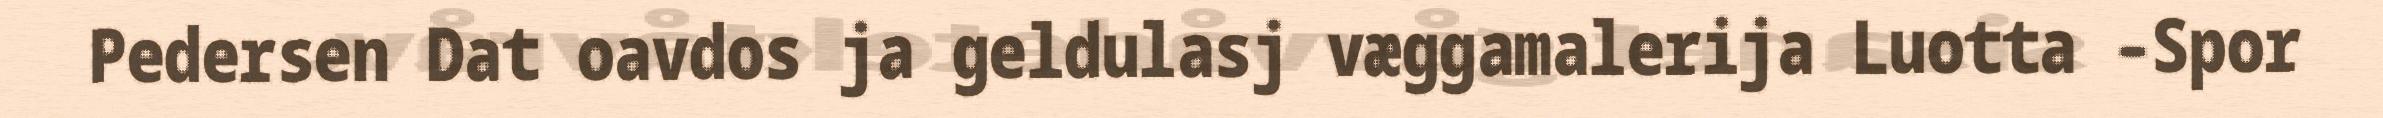
Pedersen Dat oavdos ja geldulasj væggamalerija Luotta –Spor